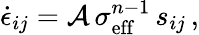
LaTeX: \dot{\epsilon}_{ij}={\cal A}\, \sigma_{\mathrm{eff}}^{n-1}\, s_{ij}\, ,